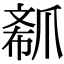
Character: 𤔟